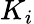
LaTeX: K_{i}